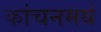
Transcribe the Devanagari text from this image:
कांचनमयं